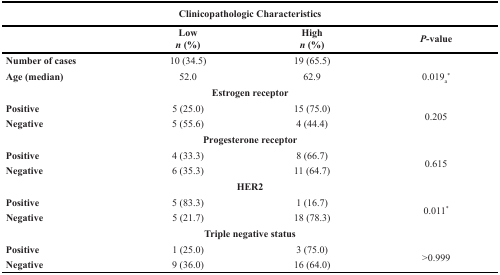
<table><thead><tr><td colspan="4"><b>Clinicopathologic Characteristics</b></td></tr><tr><td></td><td><b>Low<i>n</i> (%)</b></td><td><b>High<i>n</i> (%)</b></td><td><b><i>P</i>-value</b></td></tr></thead><tbody><tr><td><b>Number of cases</b></td><td>10 (34.5)</td><td>19 (65.5)</td><td></td></tr><tr><td><b>Age (median)</b></td><td>52.0</td><td>62.9</td><td>0.019<sub>a</sub><sup>*</sup></td></tr><tr><td colspan="4"><b>Estrogen receptor</b></td></tr><tr><td><b>Positive</b></td><td>5 (25.0)</td><td>15 (75.0)</td><td rowspan="2">0.205</td></tr><tr><td><b>Negative</b></td><td>5 (55.6)</td><td>4 (44.4)</td></tr><tr><td colspan="4"><b>Progesterone receptor</b></td></tr><tr><td><b>Positive</b></td><td>4 (33.3)</td><td>8 (66.7)</td><td rowspan="2">0.615</td></tr><tr><td><b>Negative</b></td><td>6 (35.3)</td><td>11 (64.7)</td></tr><tr><td colspan="4"><b>HER2</b></td></tr><tr><td><b>Positive</b></td><td>5 (83.3)</td><td>1 (16.7)</td><td rowspan="2">0.011<sup>*</sup></td></tr><tr><td><b>Negative</b></td><td>5 (21.7)</td><td>18 (78.3)</td></tr><tr><td colspan="4"><b>Triple negative status</b></td></tr><tr><td><b>Positive</b></td><td>1 (25.0)</td><td>3 (75.0)</td><td rowspan="2">&gt;0.999</td></tr><tr><td><b>Negative</b></td><td>9 (36.0)</td><td>16 (64.0)</td></tr></tbody></table>